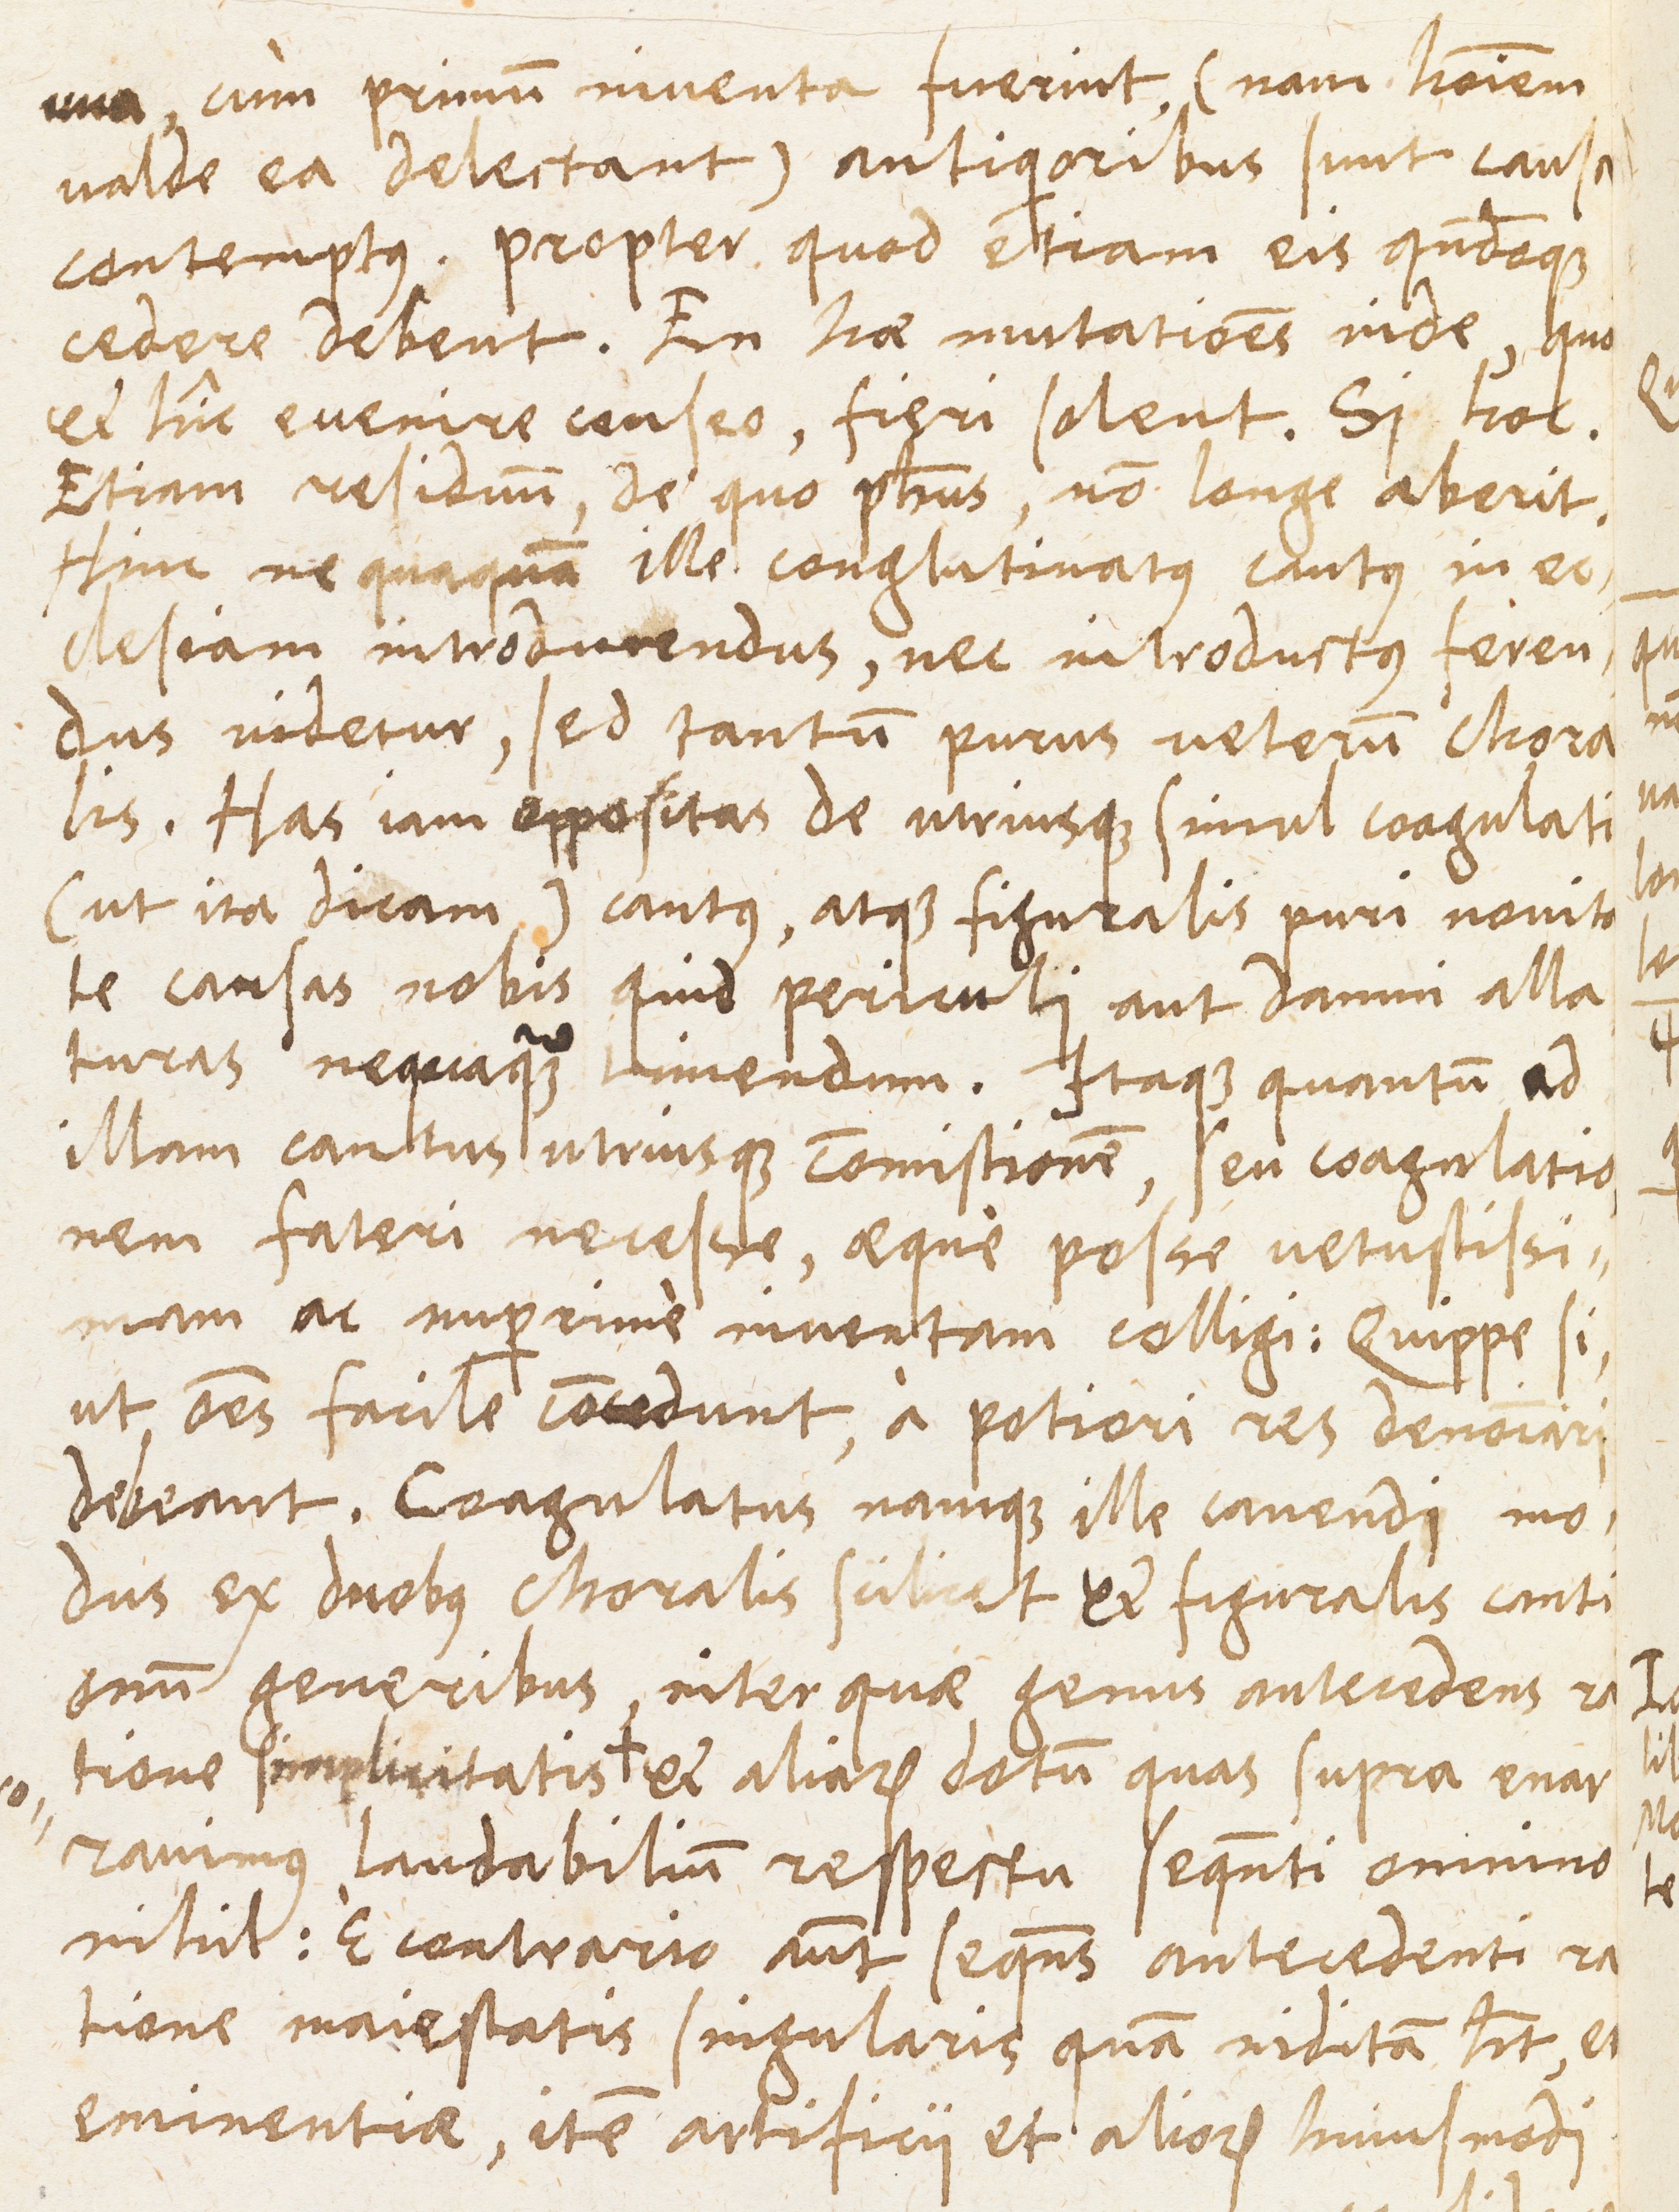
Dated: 1400–1499